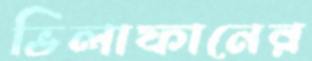
ভিলাফানের